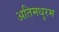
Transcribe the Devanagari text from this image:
अतिमधुरम